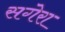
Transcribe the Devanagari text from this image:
सगेरा